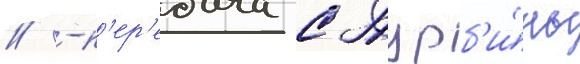
// -п'ер'едача с турб'и́ны